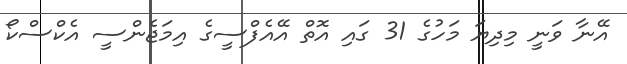
އޭނާ ވަނީ މިދިޔަ މަހުގެ 31 ގައި އޮތް އޭއެފްސީގެ އިމަޖެންސީ އެކްސްކޯ